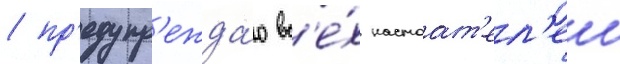
/ пр'едупр'ежда́ю вс'е́х настоат'ел'еи